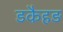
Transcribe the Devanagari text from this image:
डकैहड़